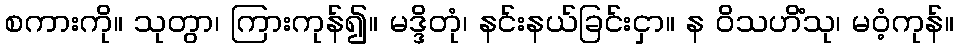
စကားကို။ သုတွာ၊ ကြားကုန်၍။ မဒ္ဒိတုံ၊ နင်းနယ်ခြင်းငှာ။ န ဝိသဟိံသု၊ မဝံ့ကုန်။